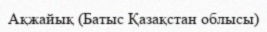
Ақжайық (Батыс Қазақстан облысы)